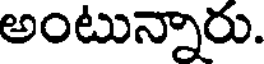
అంటున్నారు.